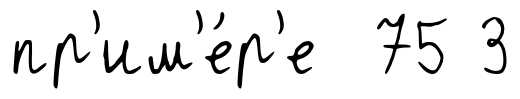
пр'им'е́р'е 75 3